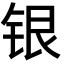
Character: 银